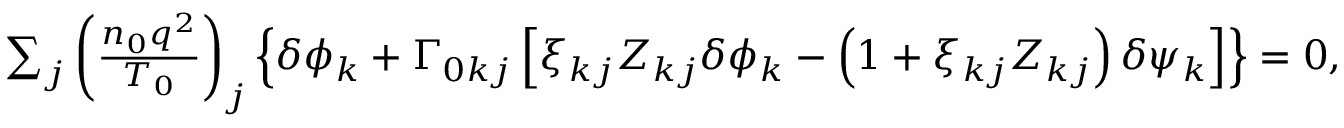
\begin{array} { r } { \sum _ { j } \left( \frac { n _ { 0 } q ^ { 2 } } { T _ { 0 } } \right) _ { j } \left\{ \delta \phi _ { { k } } + \Gamma _ { 0 k j } \left[ \xi _ { k j } Z _ { k j } \delta \phi _ { { k } } - \left( 1 + \xi _ { k j } Z _ { k j } \right) \delta \psi _ { { k } } \right] \right\} = 0 , } \end{array}